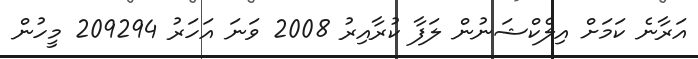
އަރާނެ ކަމަށް އިލެކްޝަނުން ލަފާ ކުރާއިރު 2008 ވަނަ އަހަރު 209294 މީހުން